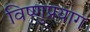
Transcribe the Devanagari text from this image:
विष्‍णुप्रयाग